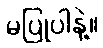
မပြုပါနဲ့။